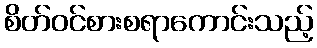
စိတ်ဝင်စားစရာကောင်းသည့်